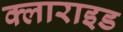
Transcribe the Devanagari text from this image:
क्लाराइड